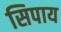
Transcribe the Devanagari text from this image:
सिपाय